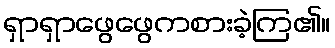
ရှာရှာဖွေဖွေကစားခဲ့ကြ၏။